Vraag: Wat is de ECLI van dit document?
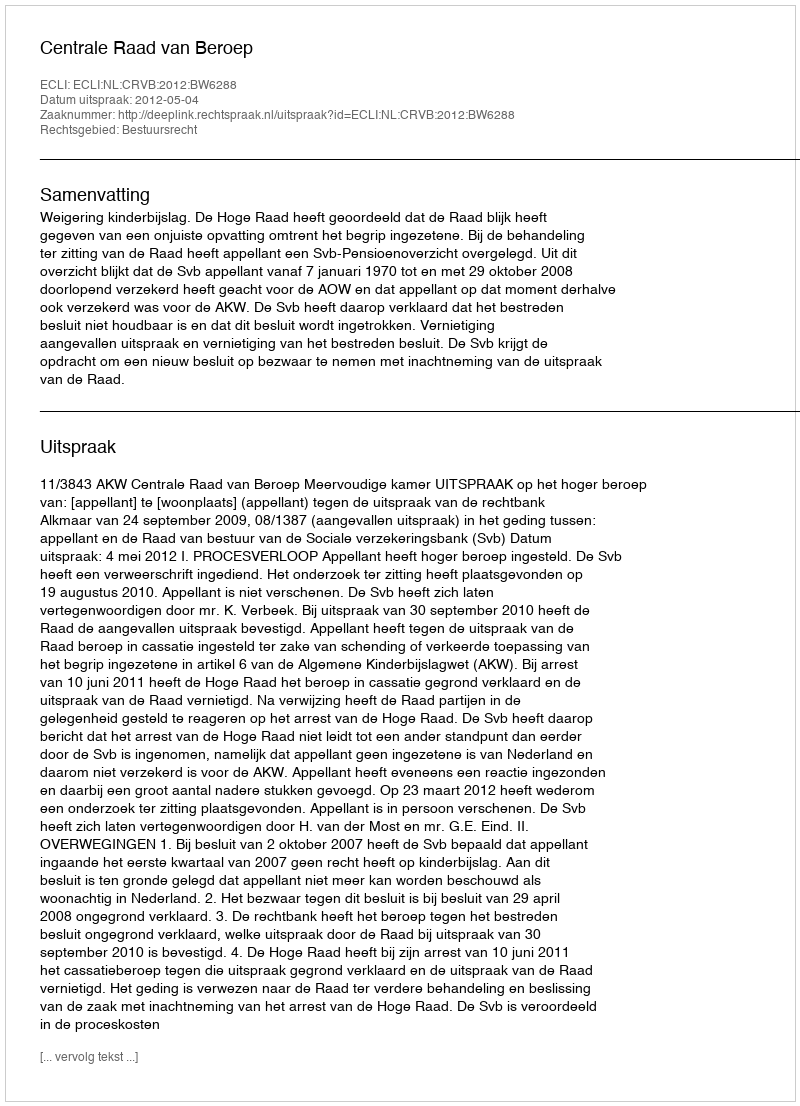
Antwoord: ECLI:NL:CRVB:2012:BW6288